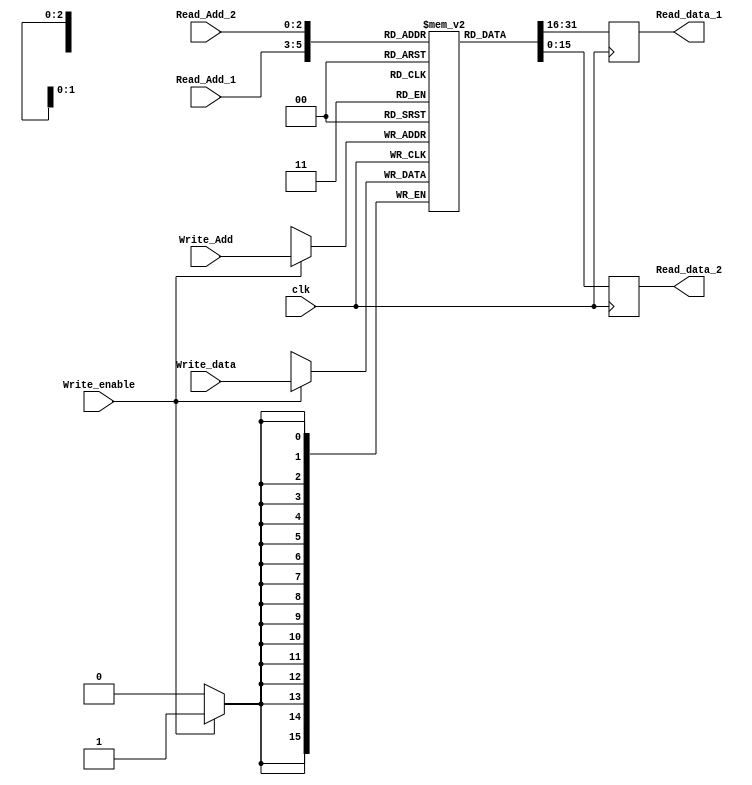
//Register File
/*
Regsiter file of 8 Registers wach 16 bit(word)
Data is Written @ postive edge
Data is Read @ negative edge
inputs:
  - clk:clock
  - Read_Add_1(3bit):Address to read Read Reg at Read_data_1
  - Read_Add_2(3bit):Address to read Read Reg at Read_data_2
  - Write_Add(3bit):Addres of Reg to write in
  - Write_enable:Enable Write into Reg @ Write_Add
  - Write_data(32 bit): Data to be written into Reg @ Write_Add

output:
  - Read_data_1(32bit):[Read_Add_1] data @ Address Read_Add_1
  - Read_data_2(32bit):[Read_Add_2] data @ Address Read_Add_2
*/
module RegFile(clk,Read_Add_1,Read_Add_2,Write_Add,Write_enable,Write_data,Read_data_1,Read_data_2);
input clk;
input [2:0] Read_Add_1,Read_Add_2;
input [2:0] Write_Add;
input Write_enable;
input [15:0] Write_data;


output reg [15:0] Read_data_1 , Read_data_2;


reg [15:0] memory [0:7];

always @ (negedge clk) begin
  Read_data_1 = memory[Read_Add_1];
  Read_data_2 = memory[Read_Add_2];
end

always @ (posedge clk) begin
  if(Write_enable == 1'b1) begin
    memory[Write_Add] = Write_data;
  end
end

endmodule